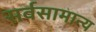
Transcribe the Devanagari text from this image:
सर्वसामान्‍य